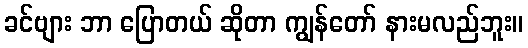
ခင်ဗျား ဘာ ပြောတယ် ဆိုတာ ကျွန်တော် နားမလည်ဘူး။